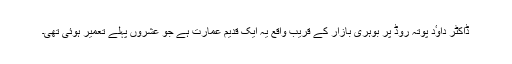
ڈاکٹر داوٴد پوتہ روڈ پر بوہری بازار کے قریب واقع یہ ایک قدیم عمارت ہے جو عشروں پہلے تعمیر ہوئی تھی۔